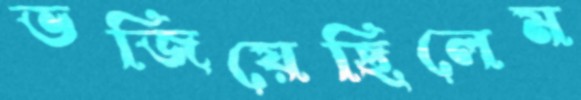
ভজিয়েছিলেম